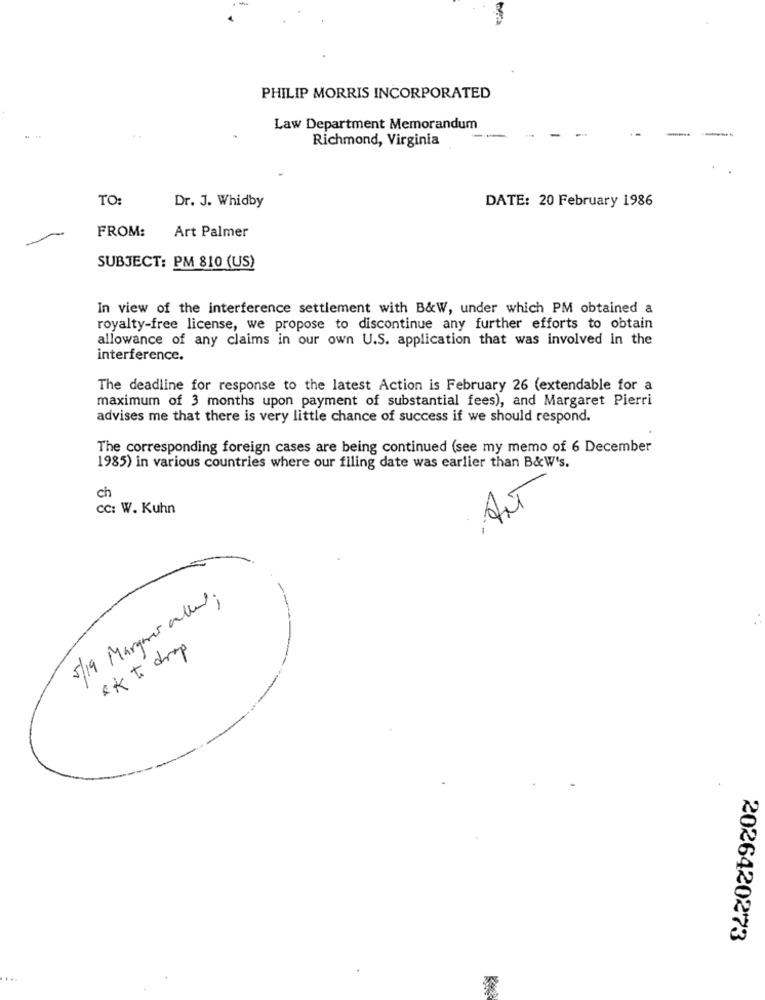
PHILIP MORRIS INCORPORATED
Law Department Memorandum
Richmond, Virginia
TO:
DATE: 20 February 1986
Dr. J. Whidby
FROM:
Art Palmer
SUBJECT: PM 810 (US)
In view of the interference settlement with B&W, under which PM obtained a
royalty-free license, we propose to discontinue any further efforts to obtain
allowance of any claims in our own U.S. application that was involved in the
interference.
The deadline for response to the latest Action is February 26 (extendable for a
maximum of 3 months upon payment of substantial fees), and Margaret Pierri
advises me that there is very little chance of success if we should respond.
The corresponding foreign cases are being continued (see my memo of 6 December
1985) in various countries where our filing date was earlier than B&W's.
ANT
ch
cc: W. Kuhn
5/19 Marquer allend;
ek to drop
2026420273